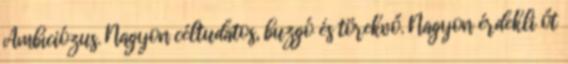
Ambíciózus. Nagyon céltudatos, buzgó és törekvő. Nagyon érdekli őt